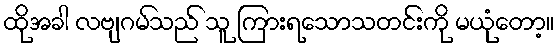
ထိုအခါ လဗျဂမ်သည် သူ ကြားရသောသတင်းကို မယုံတော့။